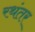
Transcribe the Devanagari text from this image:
रथंतर